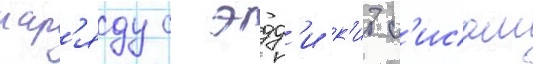
нар'яду с эдд'и к'итс'исом